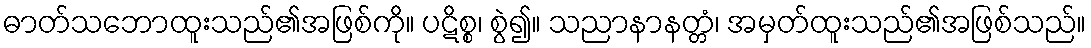
ဓာတ်သဘောထူးသည်၏အဖြစ်ကို။ ပဋိစ္စ၊ စွဲ၍။ သညာနာနတ္တံ၊ အမှတ်ထူးသည်၏အဖြစ်သည်။